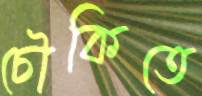
চৌকিতে